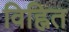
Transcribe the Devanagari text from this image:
विह्नित